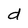
Character: d